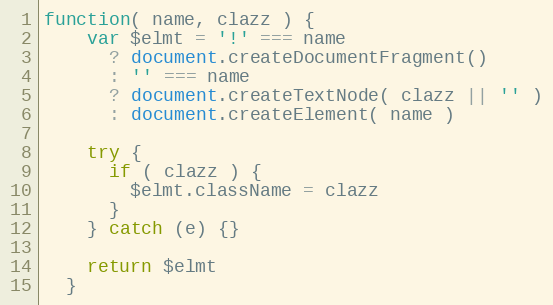
Language: JavaScript
function( name, clazz ) {
    var $elmt = '!' === name
      ? document.createDocumentFragment()
      : '' === name
      ? document.createTextNode( clazz || '' )
      : document.createElement( name )

    try {
      if ( clazz ) {
        $elmt.className = clazz
      }
    } catch (e) {}

    return $elmt
  }